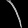
Digit: ၃